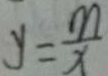
y = \frac { m } { x }